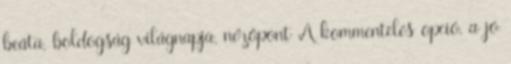
beáta, boldogság világnapja, nézőpont A kommentelés opció, a jó